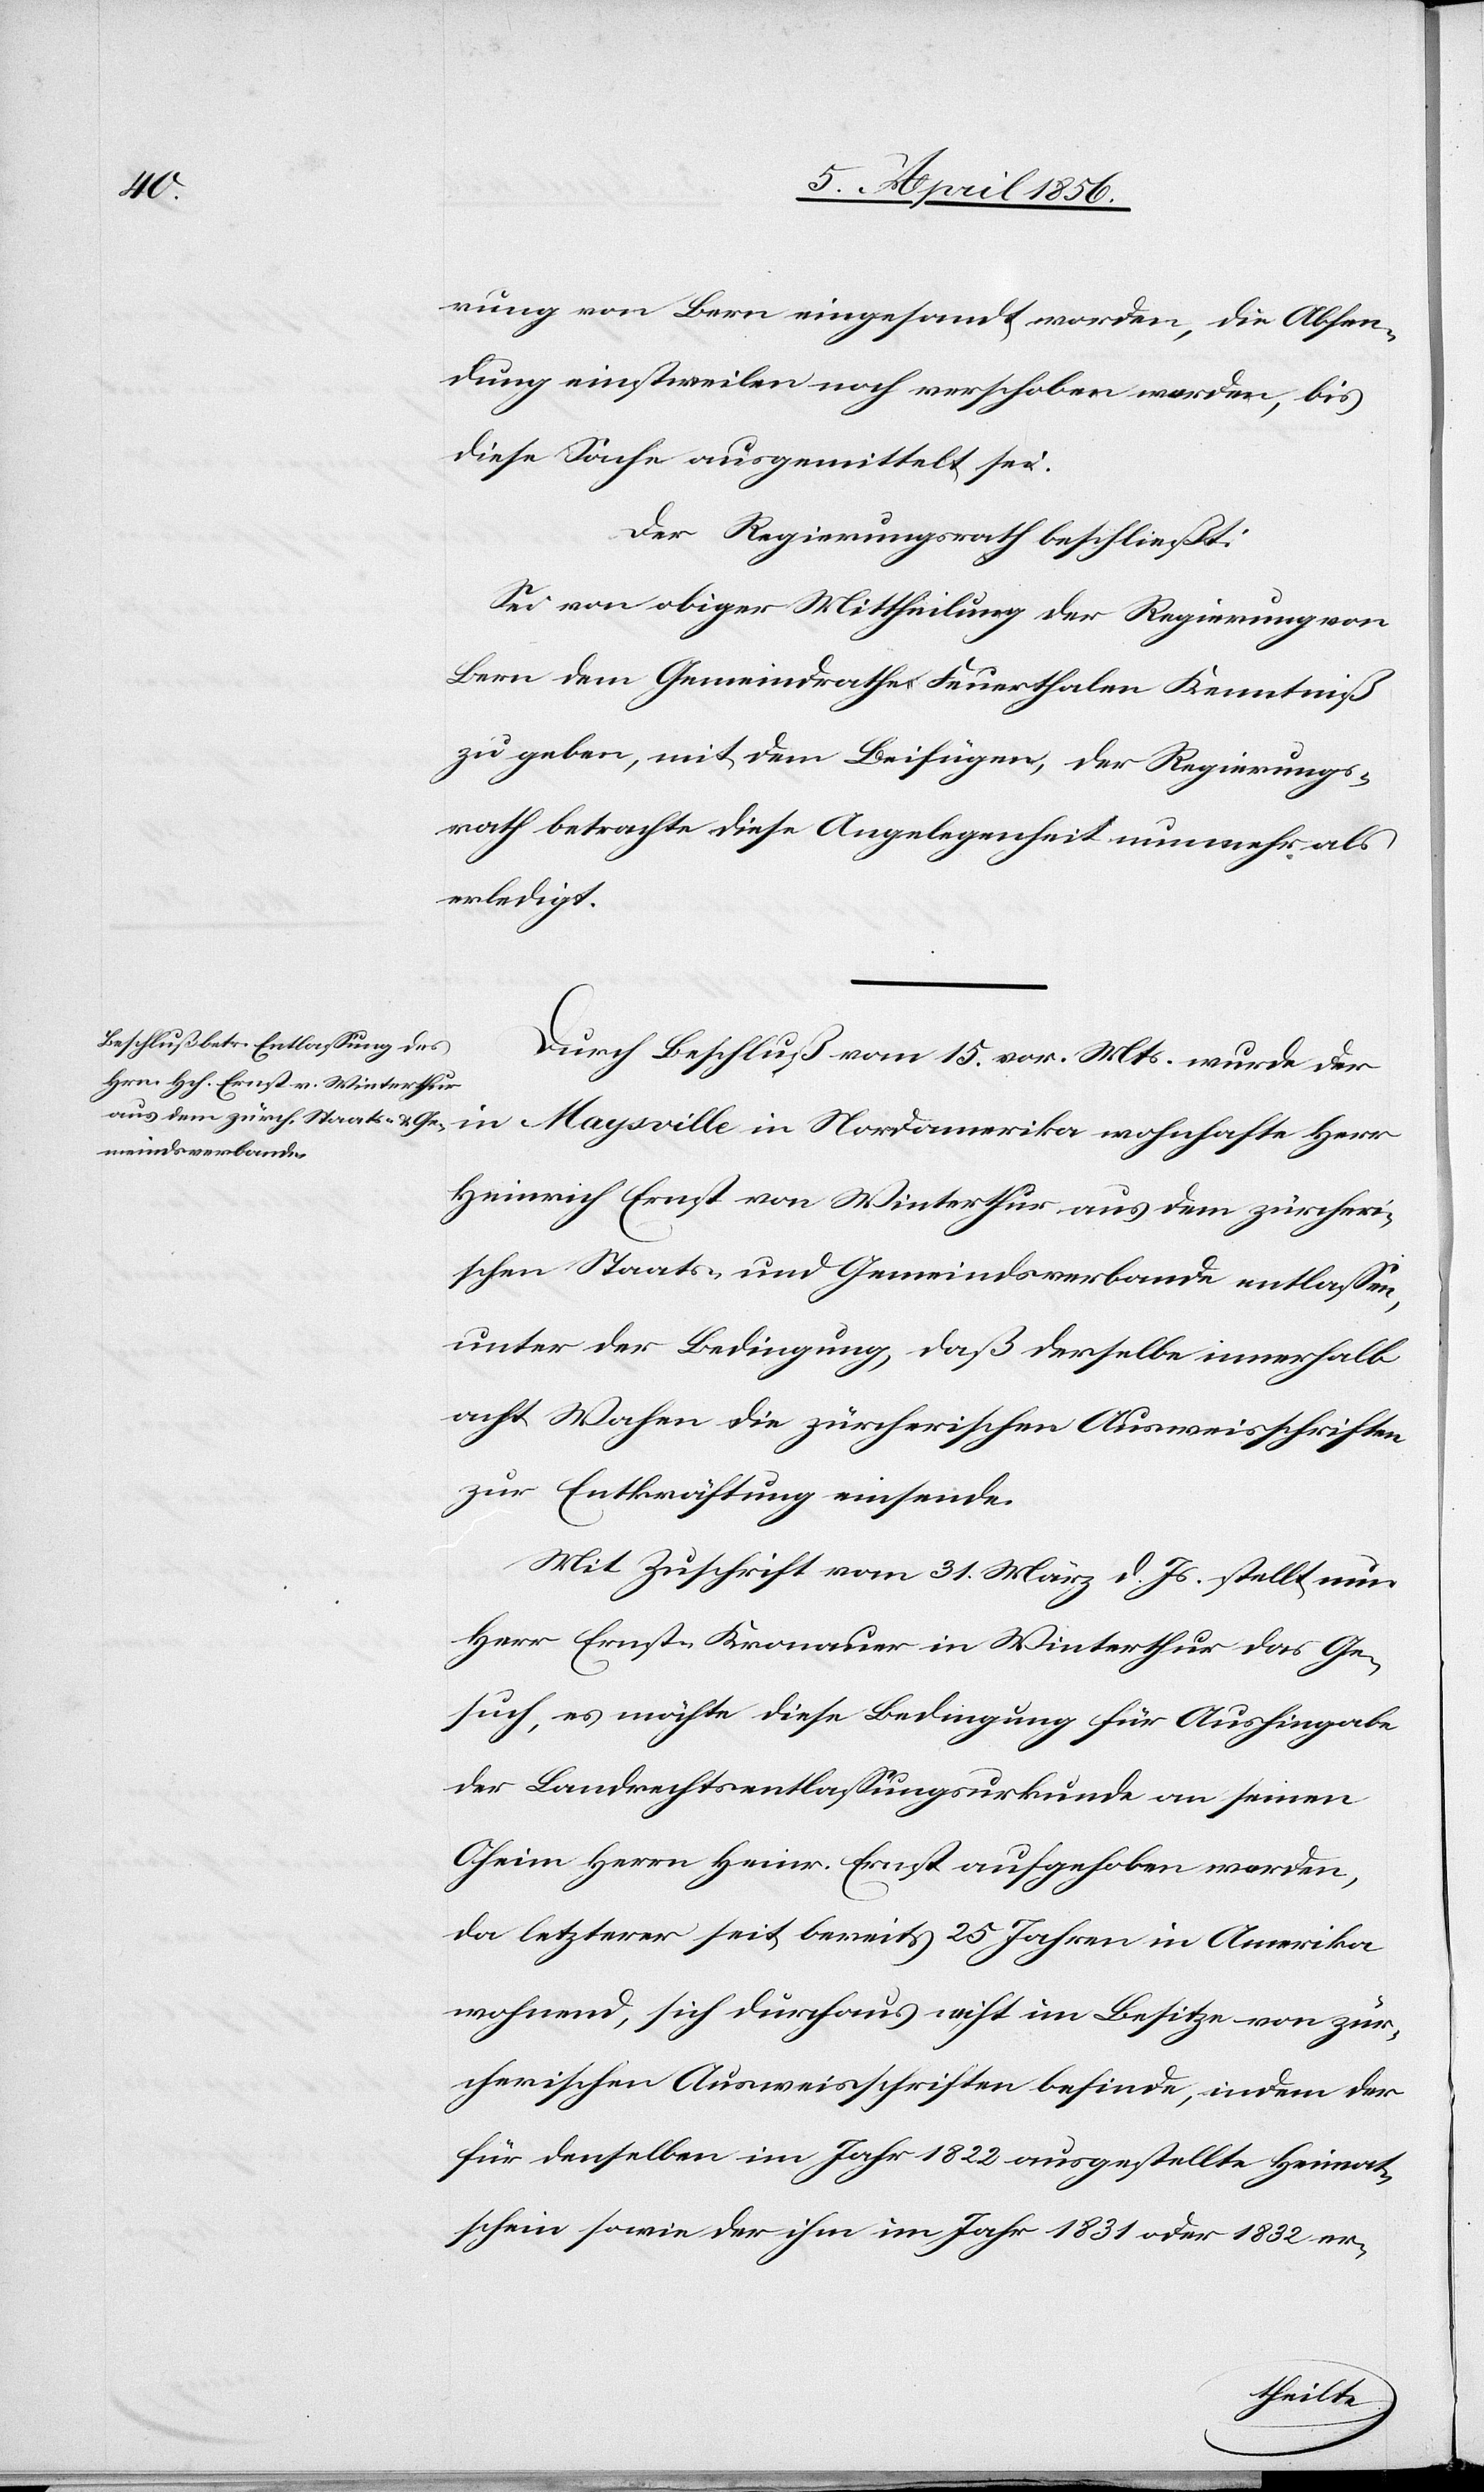
rung von Bern eingesandt worden, die Absen¬
dung einstweilen noch verschoben werden, bis
diese Sache ausgemittelt sei.
Der Regierungsrath beschließt:
Sei von obiger Mittheilung der Regierung von
Bern dem Gemeindrathe Feuerthalen Kenntniß
zu geben, mit dem Beifügen, der Regierungs¬
rath betrachte diese Angelegenheit nunmehr als
erledigt.
Durch Beschluß vom 15. vor. Mts. wurde der
in Maysville in Nordamerika wohnhafte Herr
Heinrich Ernst von Winterthur aus dem zürcheri¬
schen Staats- und Gemeindsverbande entlassen,
unter der Bedingung, daß derselbe innerhalb
acht Wochen die zürcherischen Ausweisschriften
zur Entkräftung einsende.
Mit Zuschrift vom 31. März d. Js. stellt nun
Herr Ernst Kronauer in Winterthur das Ge¬
such, es möchte diese Bedingung für Aushingabe
der Landrechtsentlassungsurkunde an seinen
Oheim Herrn Heinr. Ernst aufgehoben werden,
da letzterer seit bereits 25 Jahren in Amerika
wohnend, sich durchaus nicht im Besitze von zür¬
cherischen Ausweisschriften befinde, indem der
für denselben im Jahr 1822 ausgestellte Heimat¬
schein sowie der ihm im Jahr 1831 oder 1832 er-